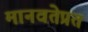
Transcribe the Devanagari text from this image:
मानवतेप्रत